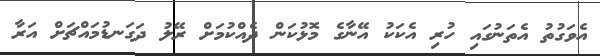
އެވަގުތު އެތަނުގައި ހުރި އެކަކު އޭނާގެ މޮޅުކަން ދެއްކުމަށް ރޭލު ދަގަނޑުމައްޗަށް އަރާ